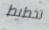
تخطيط